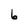
Character: 6